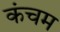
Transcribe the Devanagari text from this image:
कंचम